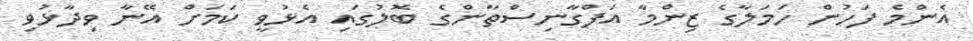
އެންމެ ފަހުން ހަމަލާގެ ޒިންމާ އަފްގާނިސްތާންގެ ބޮލުގައި އެޅުވީ ކަމަށް އޭނާ ވިދާޅުވި